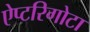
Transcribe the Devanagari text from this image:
ऐप्टरिगोटा